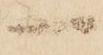
一